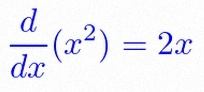
\frac{d}{dx}(x^2)=2x